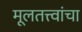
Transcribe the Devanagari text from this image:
मूलतत्त्वांचा